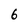
Character: 6